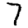
Digit: 7